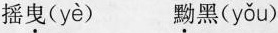
摇曳( yè ) 黝黑( yǒu )